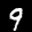
Label: 9